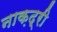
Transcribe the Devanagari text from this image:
नाक़द्री